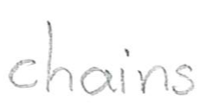
Text: chains
Cross-out: clean
Writing tool: pencil